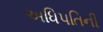
અધિપતિની